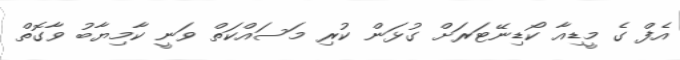
އެފް ގެ މީޑިއާ ކޯޑިނޭޓަރަށް ގުޅަން ކުރި މަސައްކަތް ވަނީ ކާމިޔާބު ވާގޮތް